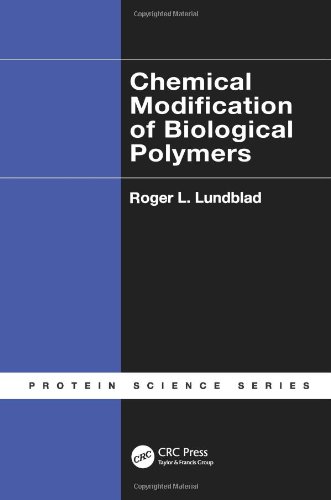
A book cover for Chemical Modification of Biological Polymers (Protein Science); Roger L. Lundblad; Crafts, Hobbies & Home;